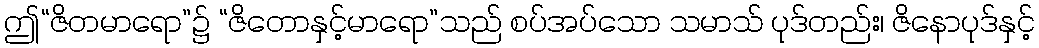
ဤ“ဇိတမာရော”၌ “ဇိတောနှင့်မာရော”သည် စပ်အပ်သော သမာသ် ပုဒ်တည်း၊ ဇိနောပုဒ်နှင့်